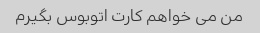
من می خواهم کارت اتوبوس بگیرم